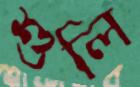
শুলি